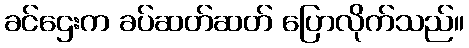
ခင်ဌေးက ခပ်ဆတ်ဆတ် ပြောလိုက်သည်။